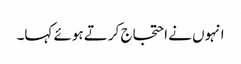
انہوں نے احتجاج کرتے ہوئے کہا۔